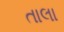
તાલા